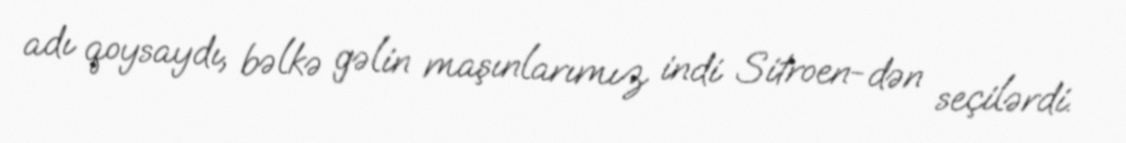
adı qoysaydı, bəlkə gəlin maşınlarımız indi Sitroen-dən seçilərdi.